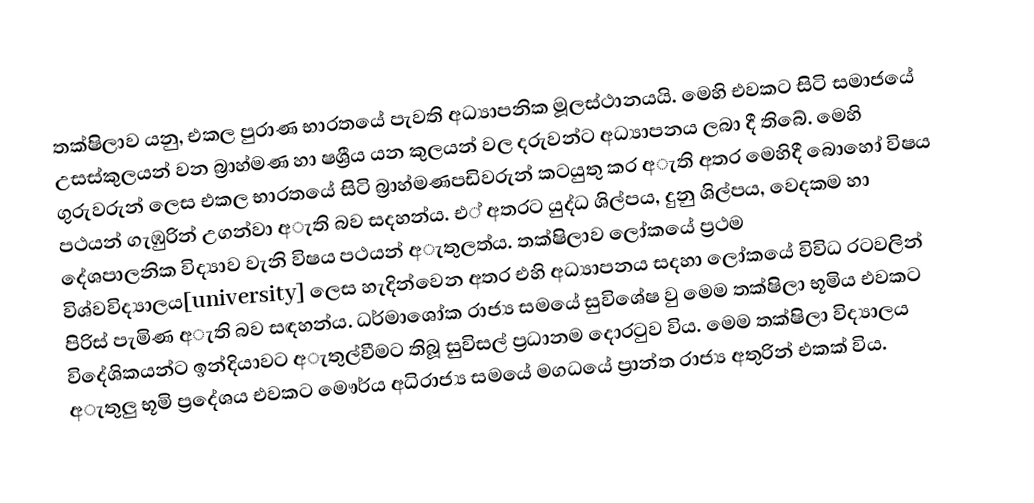
තක්ෂිලාව යනු, එකල පුරාණ භාරතයේ පැවති අධ්‍යාපනික මූලස්ථානයයි. මෙහි එවකට සිටි සමාජයේ උසස්කුලයන් වන බ්‍රාහ්මණ හා ෂශ්‍රීය යන කුලයන් වල   දරුවන්ට අධ්‍යාපනය ලබා දී තිබේ. මෙහි ගුරුවරුන් ලෙස එකල භාරතයේ සිටි බ්‍රාහ්මණපඩිවරුන් කටයුතු කර අැති අතර මෙහිදී බොහෝ විෂය පථයන් ගැඹුරින් උගන්වා අැති බව සදහන්ය. එ් අතරට යුද්ධ ශිල්පය, දුනු ශිල්පය, වෙදකම හා දේශපාලනික විද්‍යාව වැනි විෂය පථයන් අැතුලත්ය. තක්ෂිලාව ලෝකයේ ප්‍රථම විශ්වවිද්‍යාලය[university] ලෙස හැදින්වෙන අතර එහි අධ්‍යාපනය සදහා ලෝකයේ විවිධ රටවලින් පිරිස් පැමිණ අැති බව සඳහන්ය. ධර්මාශෝක රාජ්‍ය සමයේ සුවිශේෂ වු මෙම තක්ෂිලා භූමිය එවකට විදේශිකයන්ට ඉන්දියාවට අැතුල්වීමට තිබූ සුවිසල් ප්‍රධානම දොරටුව විය. මෙම තක්ෂිලා විද්‍යාලය අැතුලු භූමි ප්‍රදේශය එවකට මෞර්ය අධිරාජ්‍ය සමයේ මගධයේ ප්‍රාන්ත රාජ්‍ය අතුරින් එකක් විය.